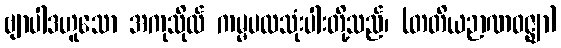
ဗျာပါဒဟူသော အကုသိုလ် ကမ္မပထသုံးပါးတို့သည်၊ (တတိယဉာဏဝဇ္ဈာ)